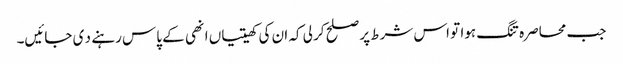
جب محاصرہ تنگ ہوا تو اس شرط پر صلح کر لی کہ ان کی کھیتیاں انھی کے پاس رہنے د ی جائیں۔